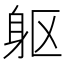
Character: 躯